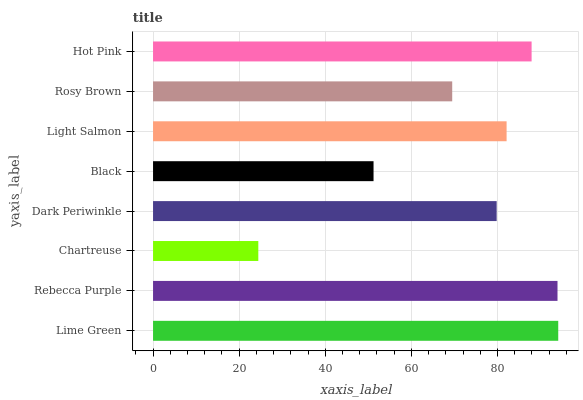
| yaxis_label | bars |
 | --- | --- |
 | Lime Green | 94.1 |
 | Rebecca Purple | 93.9 |
 | Chartreuse | 24.4 |
 | Dark Periwinkle | 79.8 |
 | Black | 51.2 |
 | Light Salmon | 82.1 |
 | Rosy Brown | 69.5 |
 | Hot Pink | 87.9 |